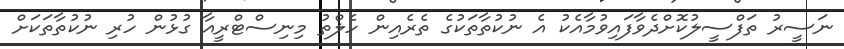
ނަސީރު ތަފްސީލުކޮށްދެވާފައިވުމާއެކު އެ ނުކުތާތަކުގެ ތެރެއިން ހެލްތު މިނިސްޓްރީއާ ގުޅުން ހުރި ނުކުތާތަކަށް